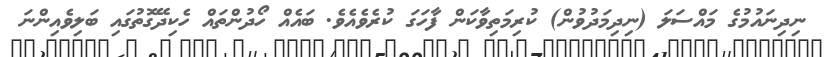
ނިދިނައުމުގެ މައްސަލަ (ނިދިމަދުވުން) ކުރިމަތިވާކަން ފާހަގަ ކުރެވެއެވެ. ބައެއް ހޯދުންތައް ހެކިދޭގޮތުގައި ބަލިވެއިންނަ